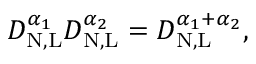
D _ { \mathrm { N , L } } ^ { \alpha _ { 1 } } D _ { \mathrm { N , L } } ^ { \alpha _ { 2 } } = D _ { \mathrm { N , L } } ^ { \alpha _ { 1 } + \alpha _ { 2 } } ,